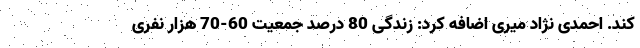
کند. احمدی نژاد میری اضافه کرد: زندگی 80 درصد جمعیت 60-70 هزار نفری